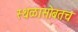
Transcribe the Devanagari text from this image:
स्थळासोबतच